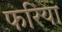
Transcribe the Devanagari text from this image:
फरिया